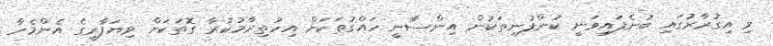
މި އިގުރާރުގައި ބުނެފައިވަނީ ކުންފުނިތަކުން އިންސާނީ ހައްގުތަކަށް އިހުތިރާމުކުރާ ގޮތަކަށް ވިޔަފާރީގެ އެންމެހާ